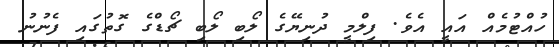
ހުއްޓުމެއް އައީ އެވެ. ފިލްމީ ދުނިޔޭގެ ލޯބި ލޯބި ޗޯޑްގެ ގޮތުގައި ފެނުނު